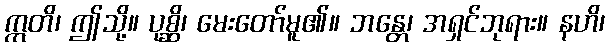
ဣတိ၊ ဤသို့။ ပုစ္ဆိ၊ မေးတော်မူ၏။ ဘန္တေ၊ အရှင်ဘုရား။ နဟိ၊